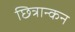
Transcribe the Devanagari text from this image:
छित्रान्कन